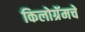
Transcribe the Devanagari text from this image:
किलोग्रॅमचे